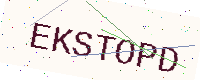
Text: EKSTOPD